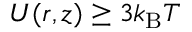
U ( r , z ) \geq 3 k _ { \mathrm { B } } T